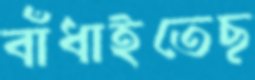
বাঁধাইতেছ